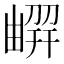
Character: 𠟳